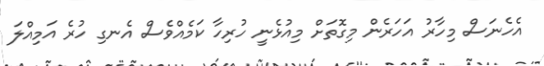
އެހެނަސް މިހާރު އަހަރެން މިގޮތަށް މިއުޅެނީ ހުރިހާ ކަމެއްވެސް އެނގި ހުރެ އަމިއްލަ